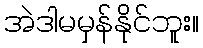
အဲဒါမမှန်နိုင်ဘူး။